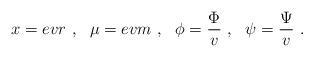
LaTeX: \begin{align*}x=evr \ , \ \ \mu=evm \ ,\ \ \phi=\frac{\Phi}{v}\ , \ \ \psi=\frac{\Psi}{v}\ .\end{align*}